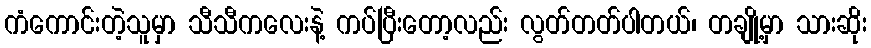
ကံကောင်းတဲ့သူမှာ သီသီကလေးနဲ့ ကပ်ပြီးတော့လည်း လွတ်တတ်ပါတယ်၊ တချို့မှာ သားဆိုး